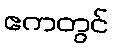
ဧကတွင်